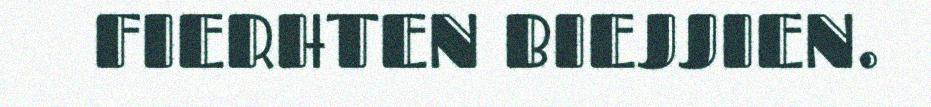
FIERHTEN BIEJJIEN.